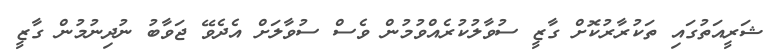
ޝަރީއަތުގައި ތަކުރާރުކޮށް ގާޒީ ސުވާލުކުރެއްވުމުން ވެސް ސުވާލަށް އެދެވޭ ޖަވާބު ނުދިނުމުން ގާޒީ